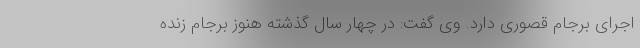
اجرای برجام قصوری دارد. وی گفت: در چهار سال گذشته هنوز برجام زنده